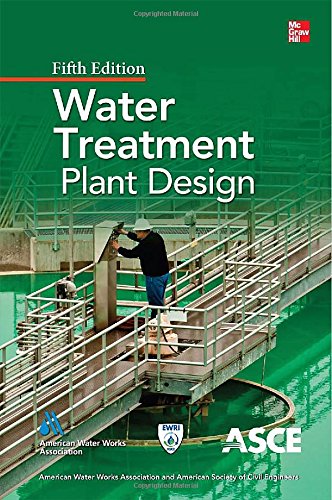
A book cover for Water Treatment Plant Design, Fifth Edition; American Water Works Association; Science & Math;